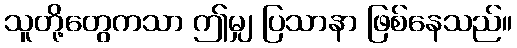
သူတို့တွေကသာ ဤမျှ ပြသာနာ ဖြစ်နေသည်။